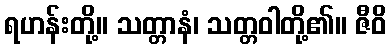
ရဟန်းတို့။ သတ္တာနံ၊ သတ္တဝါတို့၏။ ဇီဝိ